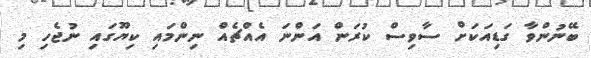
ބޭނުންވާ ގަޑިއަކަށް ސާވިސް ކުރަން އަންނަ އެއްޗެއް ނިންމައި ކިޔޫގައި ނުޖެހި މި